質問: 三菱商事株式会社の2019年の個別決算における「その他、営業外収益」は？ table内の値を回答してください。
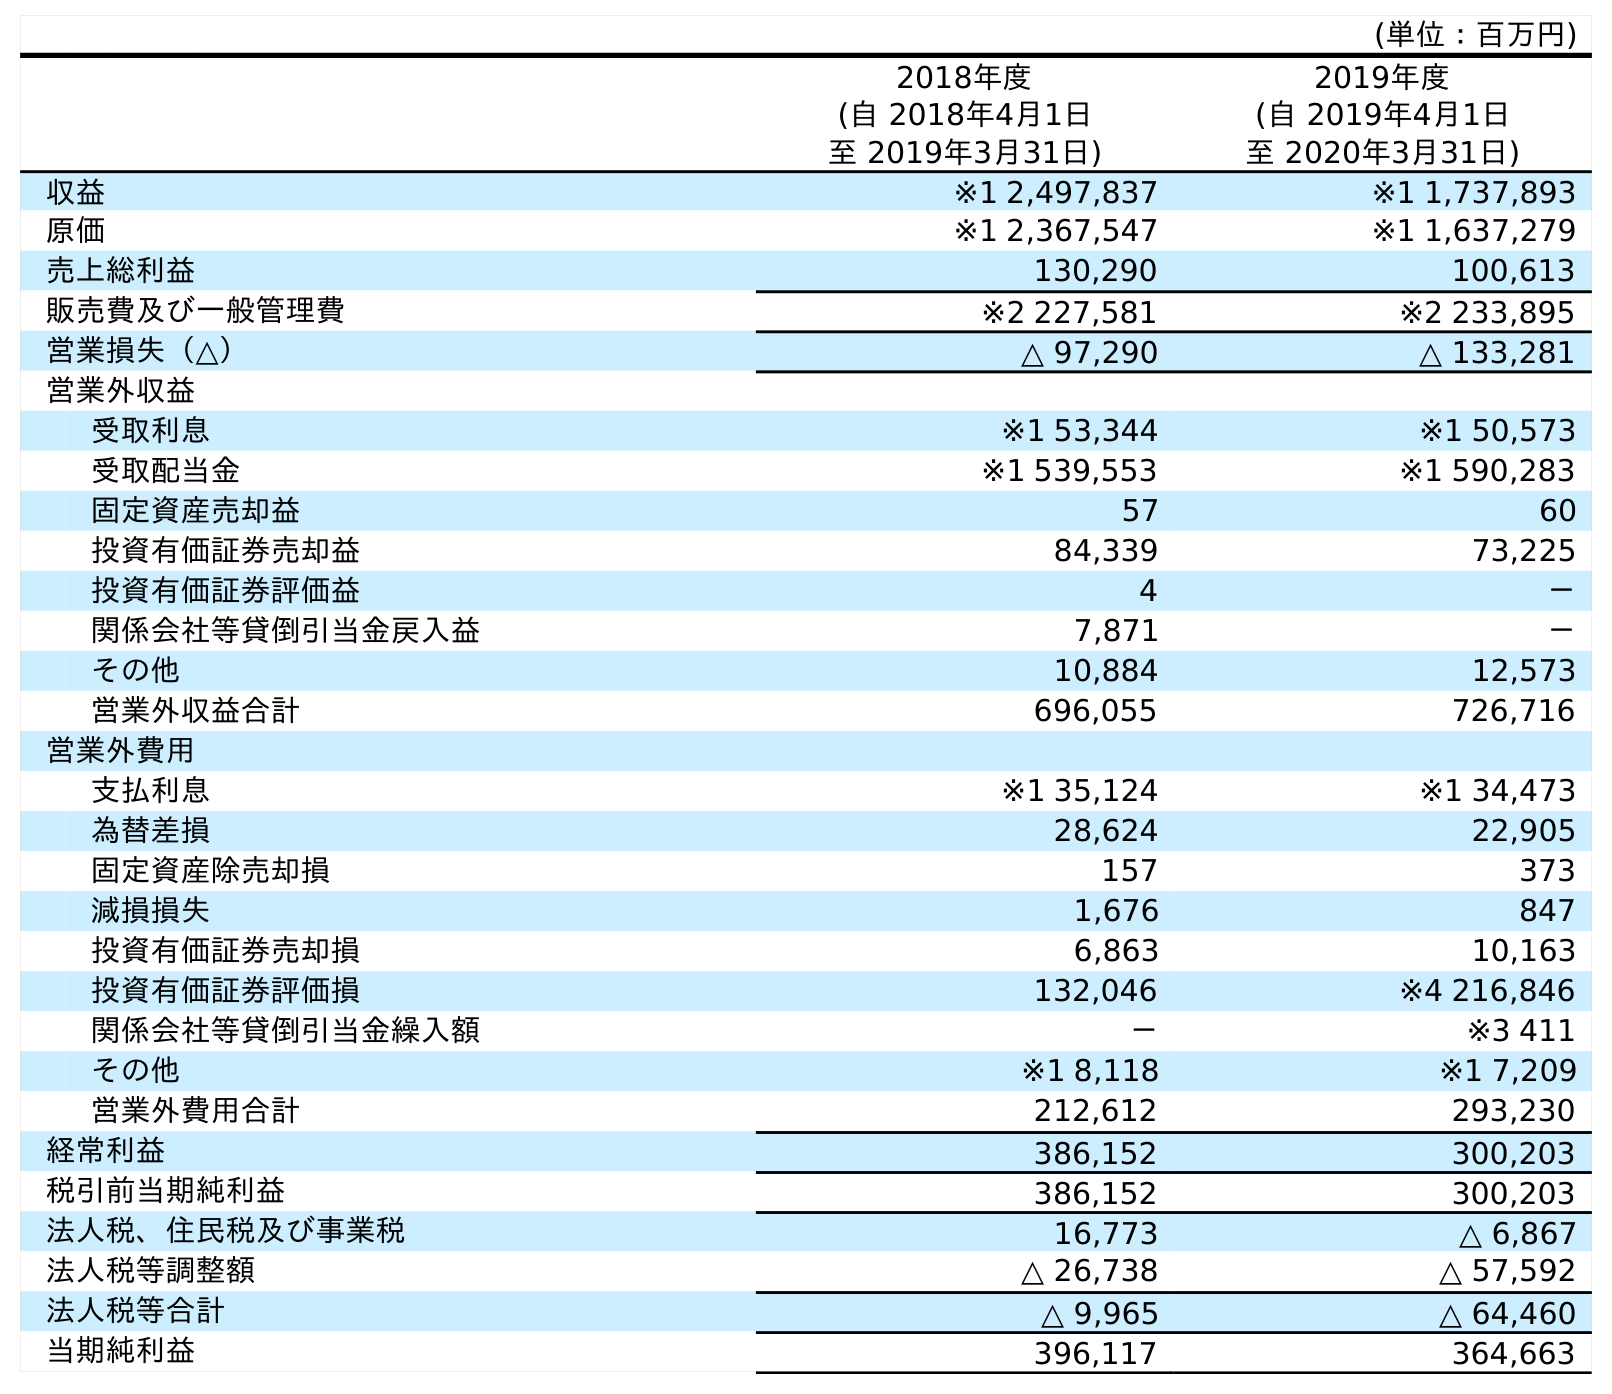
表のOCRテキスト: (単位：百万円) 2018年度 (自 2018年4月1日 至 2019年3月31日) 2019年度 (自 2019年4月1日 至 2020年3月31日) 収益 ※1 2,497,837 ※1 1,737,893 原価 ※1 2,367,547 ※1 1,637,279 売上総利益 130,290 100,613 販売費及び一般管理費 ※2 227,581 ※2 233,895 営業損失（△） △ 97,290 △ 133,281 営業外収益 受取利息 ※1 53,344 ※1 50,573 受取配当金 ※1 539,553 ※1 590,283 固定資産売却益 57 60 投資有価証券売却益 84,339 73,225 投資有価証券評価益 4 － 関係会社等貸倒引当金戻入益 7,871 － その他 10,884 12,573 営業外収益合計 696,055 726,716 営業外費用 支払利息 ※1 35,124 ※1 34,473 為替差損 28,624 22,905 固定資産除売却損 157 373 減損損失 1,676 847 投資有価証券売却損 6,863 10,163 投資有価証券評価損 132,046 ※4 216,846 関係会社等貸倒引当金繰入額 － ※3 411 その他 ※1 8,118 ※1 7,209 営業外費用合計 212,612 293,230 経常利益 386,152 300,203 税引前当期純利益 386,152 300,203 法人税、住民税及び事業税 16,773 △ 6,867 法人税等調整額 △ 26,738 △ 57,592 法人税等合計 △ 9,965 △ 64,460 当期純利益 396,117 364,663
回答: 10,884